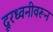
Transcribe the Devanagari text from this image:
दूरध्वनीवरून